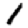
Digit: 1